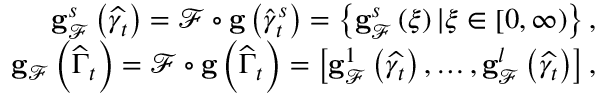
\begin{array} { r } { \mathbf { g } _ { \mathcal { F } } ^ { s } \left( \widehat { \gamma _ { t } } \right) = \mathcal { F } \circ \mathbf { g } \left( \widehat { \gamma } _ { t } ^ { s } \right) = \left\{ \mathbf { g } _ { \mathcal { F } } ^ { s } \left( \xi \right) \vert \xi \in \left[ 0 , \infty \right) \right\} , } \\ { \mathbf { g } _ { \mathcal { F } } \left( \widehat { \Gamma } _ { t } \right) = \mathcal { F } \circ \mathbf { g } \left( \widehat { \Gamma } _ { t } \right) = \left[ \mathbf { g } _ { \mathcal { F } } ^ { 1 } \left( \widehat { \gamma _ { t } } \right) , \ldots , \mathbf { g } _ { \mathcal { F } } ^ { l } \left( \widehat { \gamma _ { t } } \right) \right] , } \end{array}